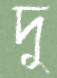
দু